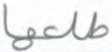
طلعها